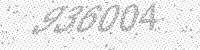
Solution: 936004